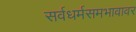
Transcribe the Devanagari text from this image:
सर्वधर्मसमभावावर